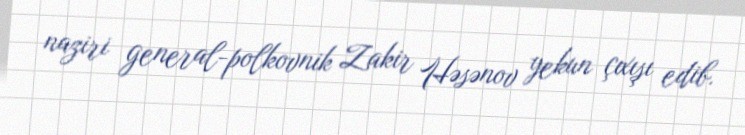
naziri general-polkovnik Zakir Həsənov yekun çıxışı edib.